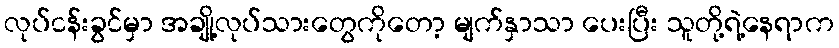
လုပ်ငန်းခွင်မှာ အချို့လုပ်သားတွေကိုတော့ မျက်နှာသာ ပေးပြီး သူတို့ရဲ့နေရာက